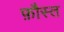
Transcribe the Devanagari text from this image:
फ़ौस्त